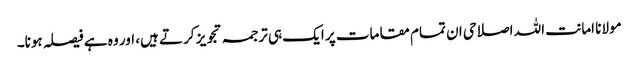
مولانا امانت اللہ اصلاحی ان تمام مقامات پر ایک ہی ترجمہ تجویز کرتے ہیں، اور وہ ہے فیصلہ ہونا۔